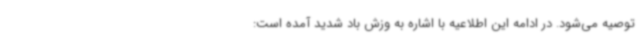
توصیه می‌شود. در ادامه این اطلاعیه با اشاره به وزش باد شدید آمده است: